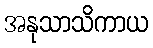
အနုသာသိကာယ